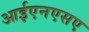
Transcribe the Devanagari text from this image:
आईएनएसए